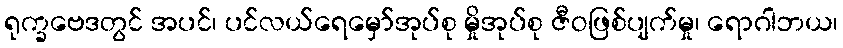
ရုက္ခဗေဒတွင် အပင်၊ ပင်လယ်ရေမှော်အုပ်စု မှိုအုပ်စု ဇီဝဖြစ်ပျက်မှု၊ ရောဂါဘယ၊